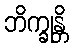
ဘိက္ခုန္တိ